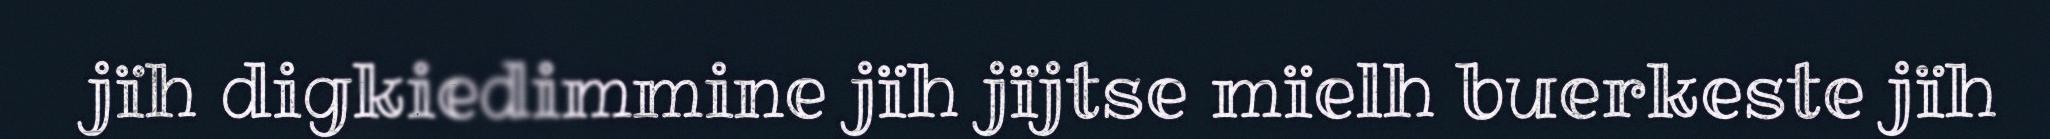
jïh digkiedimmine jïh jïjtse mïelh buerkeste jïh